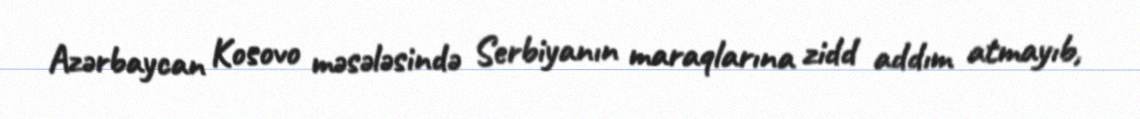
Azərbaycan Kosovo məsələsində Serbiyanın maraqlarına zidd addım atmayıb,